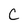
Character: C